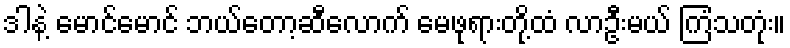
ဒါနဲ့ မောင်မောင် ဘယ်တော့ဆီလောက် မေဖုရားတို့ထံ လာဦးမယ် ကြံသတုံး။